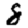
Digit: 8